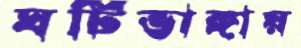
ঘটিভাঙ্গায়